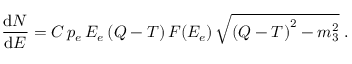
{ \frac { \displaystyle \mathrm { d } N } { \displaystyle \mathrm { d } E } } = C \, p _ { e } \, E _ { e } \left( Q - T \right) F ( E _ { e } ) \, \sqrt { \left( Q - T \right) ^ { 2 } - m _ { 3 } ^ { 2 } } \; .